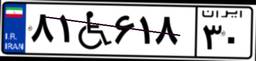
۸۱W۶۱۸۳۰